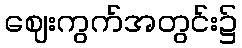
ဈေးကွက်အတွင်း၌